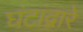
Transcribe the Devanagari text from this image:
घंटांद्वारे